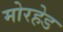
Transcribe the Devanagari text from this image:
मोरहेड